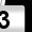
Digit: 3